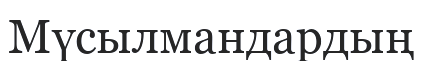
Мүсылмандардың